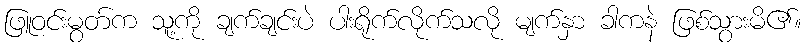
ဖြူဝင်းမွတ်က သူ့ကို ချက်ချင်းပဲ ပါးရိုက်လိုက်သလို မျက်နှာ ခါကနဲ ဖြစ်သွားမိ၏။